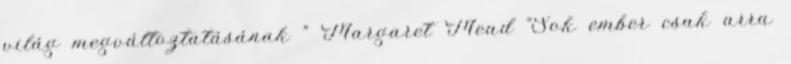
világ megváltoztatásának ” Margaret Mead "Sok ember csak arra